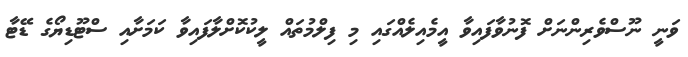
ވަނީ ނޫސްވެރިންނަށް ފޮނުވާފައިވާ އީމެއިލެއްގައި މި ފިލްމުތައް ލީކުކޮށްލާފައިވާ ކަމަށާއި ސްޓޫޑިޔޯގެ ޑޭޓާ